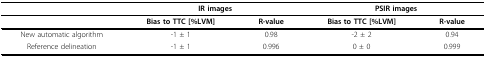
|  | <COLSPAN=2> IR images | <COLSPAN=2> PSIR images |
 |  | Bias to TTC [%LVM] | R-value | Bias to TTC [%LVM] | R-value |
 | --- | --- | --- | --- | --- |
 | New automatic algorithm | -1 ± 1 | 0.98 | -2 ± 2 | 0.94 |
 | Reference delineation | -1 ± 1 | 0.996 | 0 ± 0 | 0.999 |